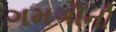
ગમગીની